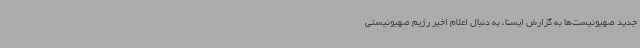
جدید صهیونیست‌ها به گزارش ایسنا، به دنبال اعلام اخیر رژیم صهیونیستی